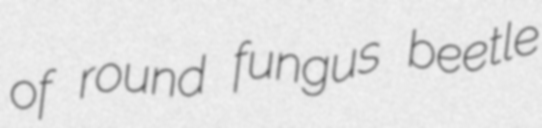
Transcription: of round fungus beetle